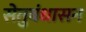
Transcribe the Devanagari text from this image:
सेतुबंधासन